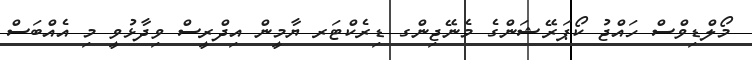
މޯލްޑިވްސް ހައްޖު ކޯޕަރޭޝަންގެ މެނޭޖިންގ ޑިރެކްޓަރ ޔާމީން އިދްރީސް ވިދާޅުވީ މި އެއްބަސް